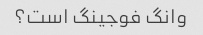
وانگ فوجینگ است؟